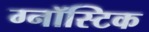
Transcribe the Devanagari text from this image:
ग्नॉस्टिक